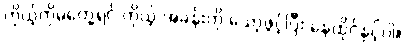
ကိုယ့်ကိုမတွေ့ရင် ကိုယ့် အခန်းကို သော့ဖွင့်ပြီး နေထိုင်နှင့်ပါ။